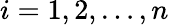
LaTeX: i=1,2,\dots,n